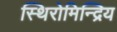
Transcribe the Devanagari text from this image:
स्थिरोमिन्द्रिय